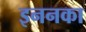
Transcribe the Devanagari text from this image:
इननका